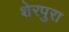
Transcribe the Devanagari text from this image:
शेरपुरा